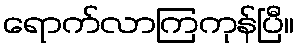
ရောက်လာကြကုန်ပြီ။